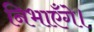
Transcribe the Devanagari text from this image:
निभाएँगे।